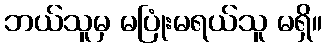
ဘယ်သူမှ မပြုံးမရယ်သူ မရှိ။